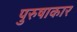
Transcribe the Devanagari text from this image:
पुरुषाकार